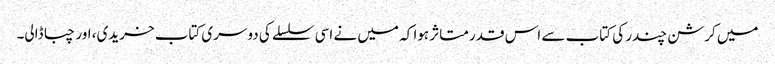
میں کرشن چندر کی کتاب سے اس قدر متاثر ہوا کہ میں نے اسی سلسلے کی دوسری کتاب خریدی، اور چبا ڈالی۔